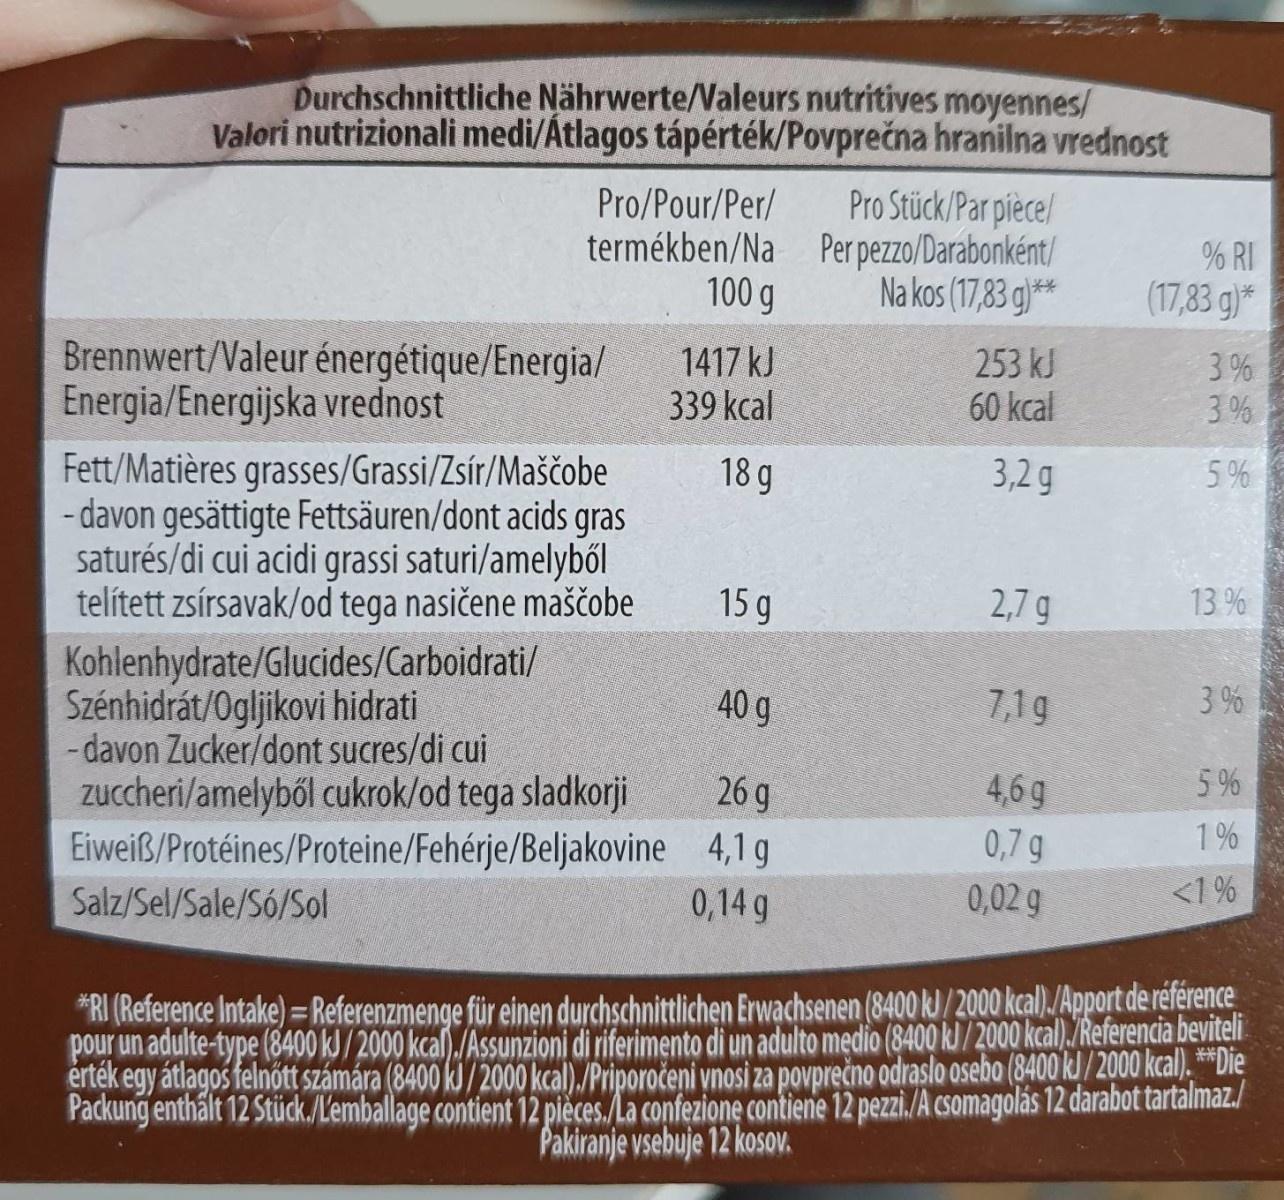
Durchschnittliche Nährwerte/Valeurs nutritives moyennes/ Valori nutrizionali medi/Átlagos tápérték/Povprečna hranilna vrednost
Pro Stück/Par pièce/ termékben/Na Per pezzo/Darabonként/ Na kos (17,83 g)**
Pro/Pour/Per/
% RI
100 g
(17,83 g)*
Brennwert/Valeur énergétique/Energia/ Energia/Energijska vrednost
1417 kJ 339 kcal
253 kJ 60 kcal
3 % 3 %
Fett/Matières grasses/Grassi/Zsír/Maščobe - davon gesättigte Fettsäuren/dont acids gras saturés/di cui acidi grassi saturi/amelyből telített zsírsavak/od tega nasičene maščobe
18 g
3,2 g
5%
15 g
2,7 g
13 %
Kohlenhydrate/Glucides/Carboidrati/ Szénhidrát/Ogljikovi hidrati - davon Zucker/dont sucres/di cui zuccheri/amelyből cukrok/od tega sladkorji Eiweiß/Protéines/Proteine/Fehérje/Beljakovine 4,1g
40 g
7,1g
3 %
26 g
4,6 g
5 %
1%
0,7 g 0,02 g
Salz/Sel/Sale/Só/Sol
0,14 g
<1 %
*RI (Reference Intake) =Referenzmenge für einen durchschnittlichen Erwachsenen (8400 k)/2000 kcal)./Apport de référence pour un adulte-type (8400 kJ / 2000 kcal)./Assunzioni di riferimento di un adulto medio (8400 kJ / 2000 kcal)./Referencia beviteli erték egy átlagos felnőtt számára (8400 kJ / 2000 kcal)./Priporočeni vnosi za povprečno odraslo osebo (8400 kl/2000 kcal). *Die Packung enthält 12 Stück./Lemballage contient 12 pièces./La confezione contiene 12 pezzi./A csomagolás 12 darabot tartalmaz./ Pakiranje vsebuje 12 kosoV.
%3D